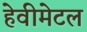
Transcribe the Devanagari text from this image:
हेवीमेटल